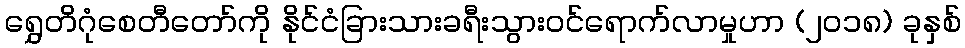
ရွှေတိဂုံစေတီတော်ကို နိုင်ငံခြားသားခရီးသွားဝင်ရောက်လာမှုဟာ (၂၀၁၈) ခုနှစ်